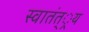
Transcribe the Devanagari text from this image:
स्वातंत््रय